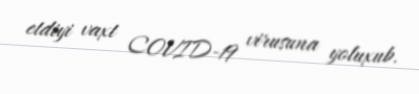
etdiyi vaxt COVID-19 virusuna yoluxub.